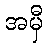
အမှီ